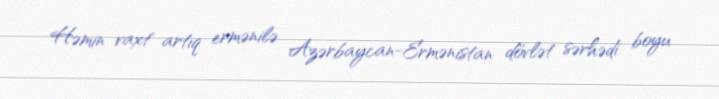
Həmin vaxt artıq ermənilə Azərbaycan-Ermənistan dövlət sərhədi boyu